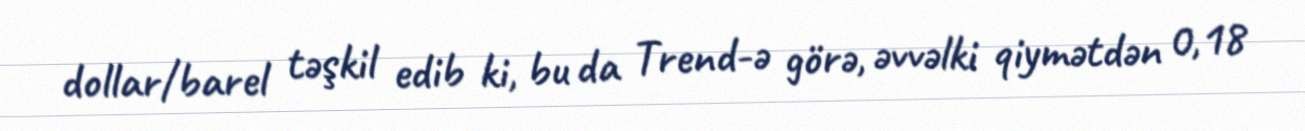
dollar/barel təşkil edib ki, bu da Trend-ə görə, əvvəlki qiymətdən 0,18